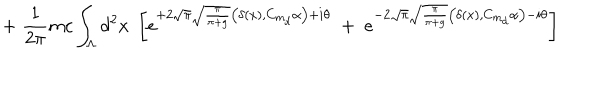
LaTeX: \; + \; \frac { 1 } { 2 \pi } m c \int _ { \Lambda } d ^ { 2 } x \; \left[ e ^ { + 2 \sqrt { \pi } \sqrt { \frac { \pi } { \pi + g } } \big ( \delta ( x ) , C _ { m _ { d } } \alpha \big ) + i \theta } \; + \; e ^ { - 2 \sqrt { \pi } \sqrt { \frac { \pi } { \pi + g } } \big ( \delta ( x ) , C _ { m _ { d } } \alpha \big ) - i \theta } \right]